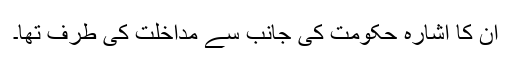
ان کا اشارہ حکومت کی جانب سے مداخلت کی طرف تھا۔